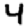
Digit: 4